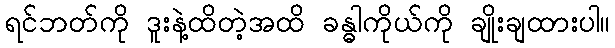
ရင်ဘတ်ကို ဒူးနဲ့ထိတဲ့အထိ ခန္ဓါကိုယ်ကို ချိုးချထားပါ။